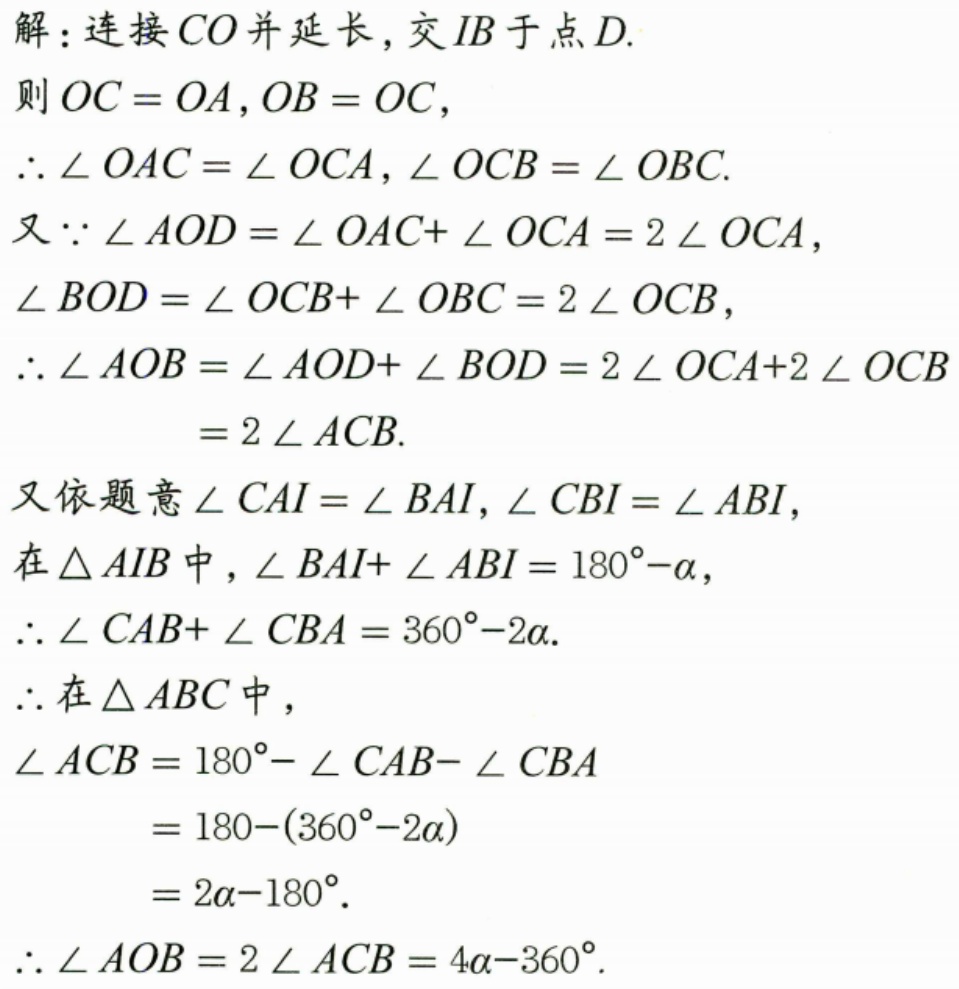
解：连接\(CO\)并延长，交\(IB\)于点\(D\).
则\(OC = OA\)，\(OB = OC\)，
\(\therefore\angle OAC=\angle OCA\)，\(\angle OCB=\angle OBC\).
又\(\because\angle AOD=\angle OAC + \angle OCA=2\angle OCA\)，
\(\angle BOD=\angle OCB+\angle OBC = 2\angle OCB\)，
\(\therefore\angle AOB=\angle AOD+\angle BOD=2\angle OCA + 2\angle OCB\)
\(=2\angle ACB\).
又依题意\(\angle CAI=\angle BAI\)，\(\angle CBI=\angle ABI\)，
在\(\triangle AIB\)中，\(\angle BAI+\angle ABI = 180^{\circ}-\alpha\)，
\(\therefore\angle CAB+\angle CBA=360^{\circ}-2\alpha\).
\(\therefore\)在\(\triangle ABC\)中，
\(\angle ACB=180^{\circ}-\angle CAB - \angle CBA\)
\(=180-(360^{\circ}-2\alpha)\)
\(=2\alpha - 180^{\circ}\).
\(\therefore\angle AOB=2\angle ACB=4\alpha - 360^{\circ}\).